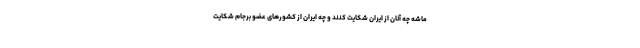
ماشه چه آنان از ایران شکایت کنند و چه ایران از کشورهای عضو برجام شکایت